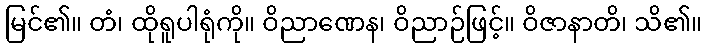
မြင်၏။ တံ၊ ထိုရူပါရုံကို။ ဝိညာဏေန၊ ဝိညာဉ်ဖြင့်။ ဝိဇာနာတိ၊ သိ၏။